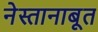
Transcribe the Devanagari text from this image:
नेस्तानाबूत